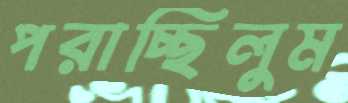
পরাচ্ছিলুম